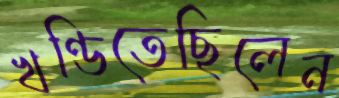
খণ্ডিতেছিলেন